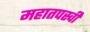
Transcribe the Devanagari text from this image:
महातपस्वी